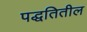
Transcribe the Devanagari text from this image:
पद्धतितील